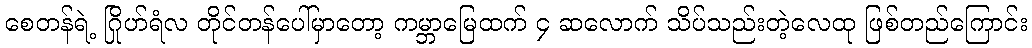
စေတန်ရဲ့ ဂြိုဟ်ရံလ တိုင်တန်ပေါ်မှာတော့ ကမ္ဘာမြေထက် ၄ ဆလောက် သိပ်သည်းတဲ့လေထု ဖြစ်တည်ကြောင်း